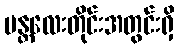
မန္တလေးတိုင်းအတွင်းရှိ